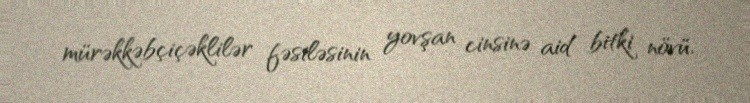
mürəkkəbçiçəklilər fəsiləsinin yovşan cinsinə aid bitki növü.